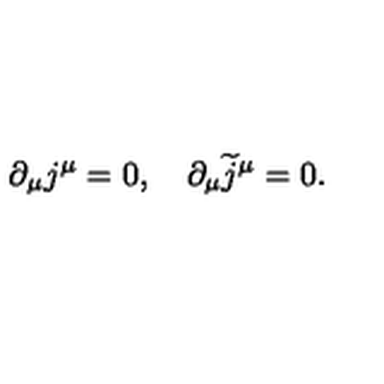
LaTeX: \partial _ { \mu } j ^ { \mu } = 0 , \quad \partial _ { \mu } \widetilde { j } ^ { \mu } = 0 .